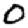
Digit: 0